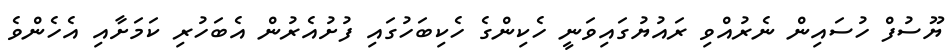
ޔޫސުފް ހުސައިން ނެރުއްވި ރައުޔުގައިވަނީ ހެކިންގެ ހެކިބަހުގައި ފުށުއެރުން އެބަހުރި ކަމަށާއި އެހެންވެ